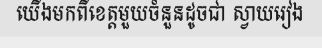
យើងមកពីខេត្តមួយចំនួនដូចជា ស្វាយរៀង